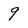
Character: 9